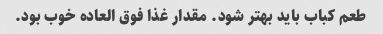
طعم کباب باید بهتر شود. مقدار غذا فوق العاده خوب بود.